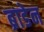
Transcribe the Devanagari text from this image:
ब्राडेन